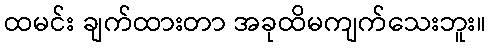
ထမင်း ချက်ထားတာ အခုထိမကျက်သေးဘူး။